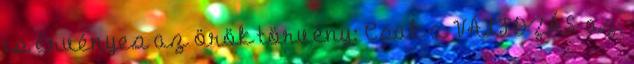
is érvényes az örök törvény: Csak a VÁLTOZÁS az,